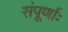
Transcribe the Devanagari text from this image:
संपूर्णाः